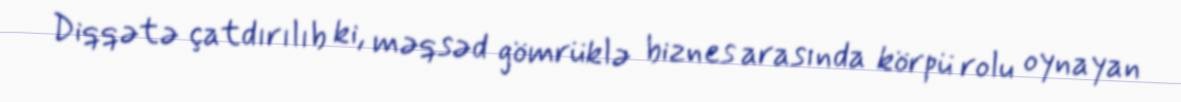
Diqqətə çatdırılıb ki, məqsəd gömrüklə biznes arasında körpü rolu oynayan